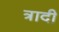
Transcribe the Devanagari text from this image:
त्रादी